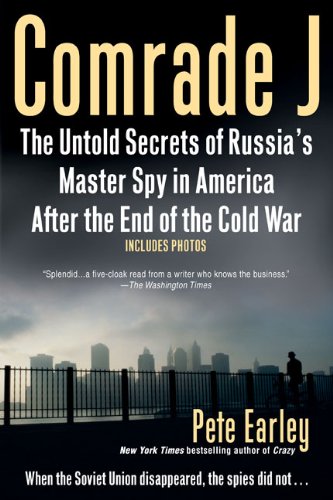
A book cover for Comrade J: The Untold Secrets of Russia's Master Spy in America After the End of the Cold W ar; Pete Earley; Biographies & Memoirs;